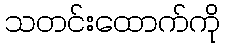
သတင်းထောက်ကို